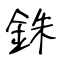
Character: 銖